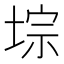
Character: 𫮁